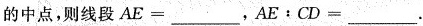
的中点，则线段$$A E = ___$$，$$A E ﹔ C D = ___$$.